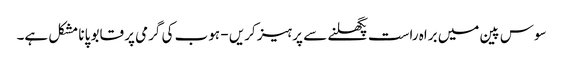
سوس پین میں براہ راست پگھلنے سے پرہیز کریں - ہوب کی گرمی پر قابو پانا مشکل ہے۔